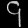
Digit: ၄